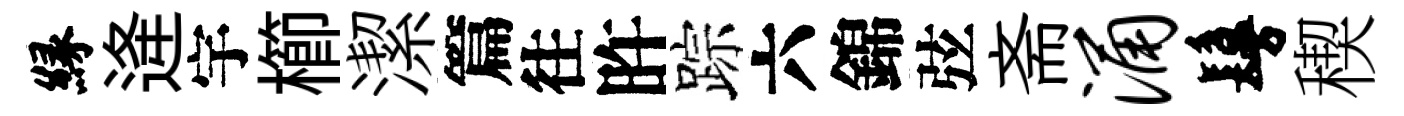
縁逄宇櫛潔篇往旿踪六錦弦斋涌鬘稧